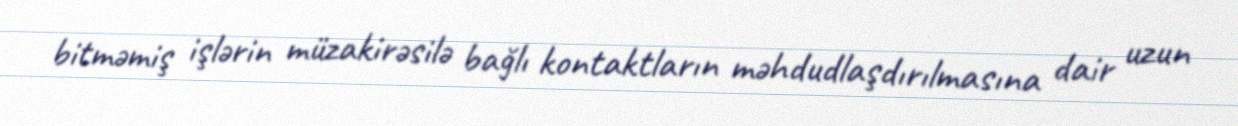
bitməmiş işlərin müzakirəsilə bağlı kontaktların məhdudlaşdırılmasına dair uzun